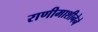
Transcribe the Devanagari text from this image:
राणीमाशीनेने